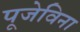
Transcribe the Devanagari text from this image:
पूजेविना